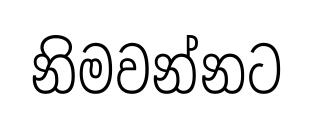
නිමවන්නට